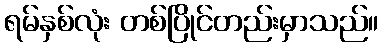
ရမ်နှစ်လုံး တစ်ပြိုင်တည်းမှာသည်။